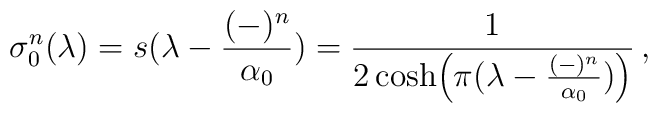
\sigma_{0}^{n} (\lambda) = s(\lambda-{(-)^{n} \over\alpha_{0}})={1 \over 2 \cosh\Bigl (\pi(\lambda-{(-)^{n} \over\alpha_{0}})\Bigr)}\,,